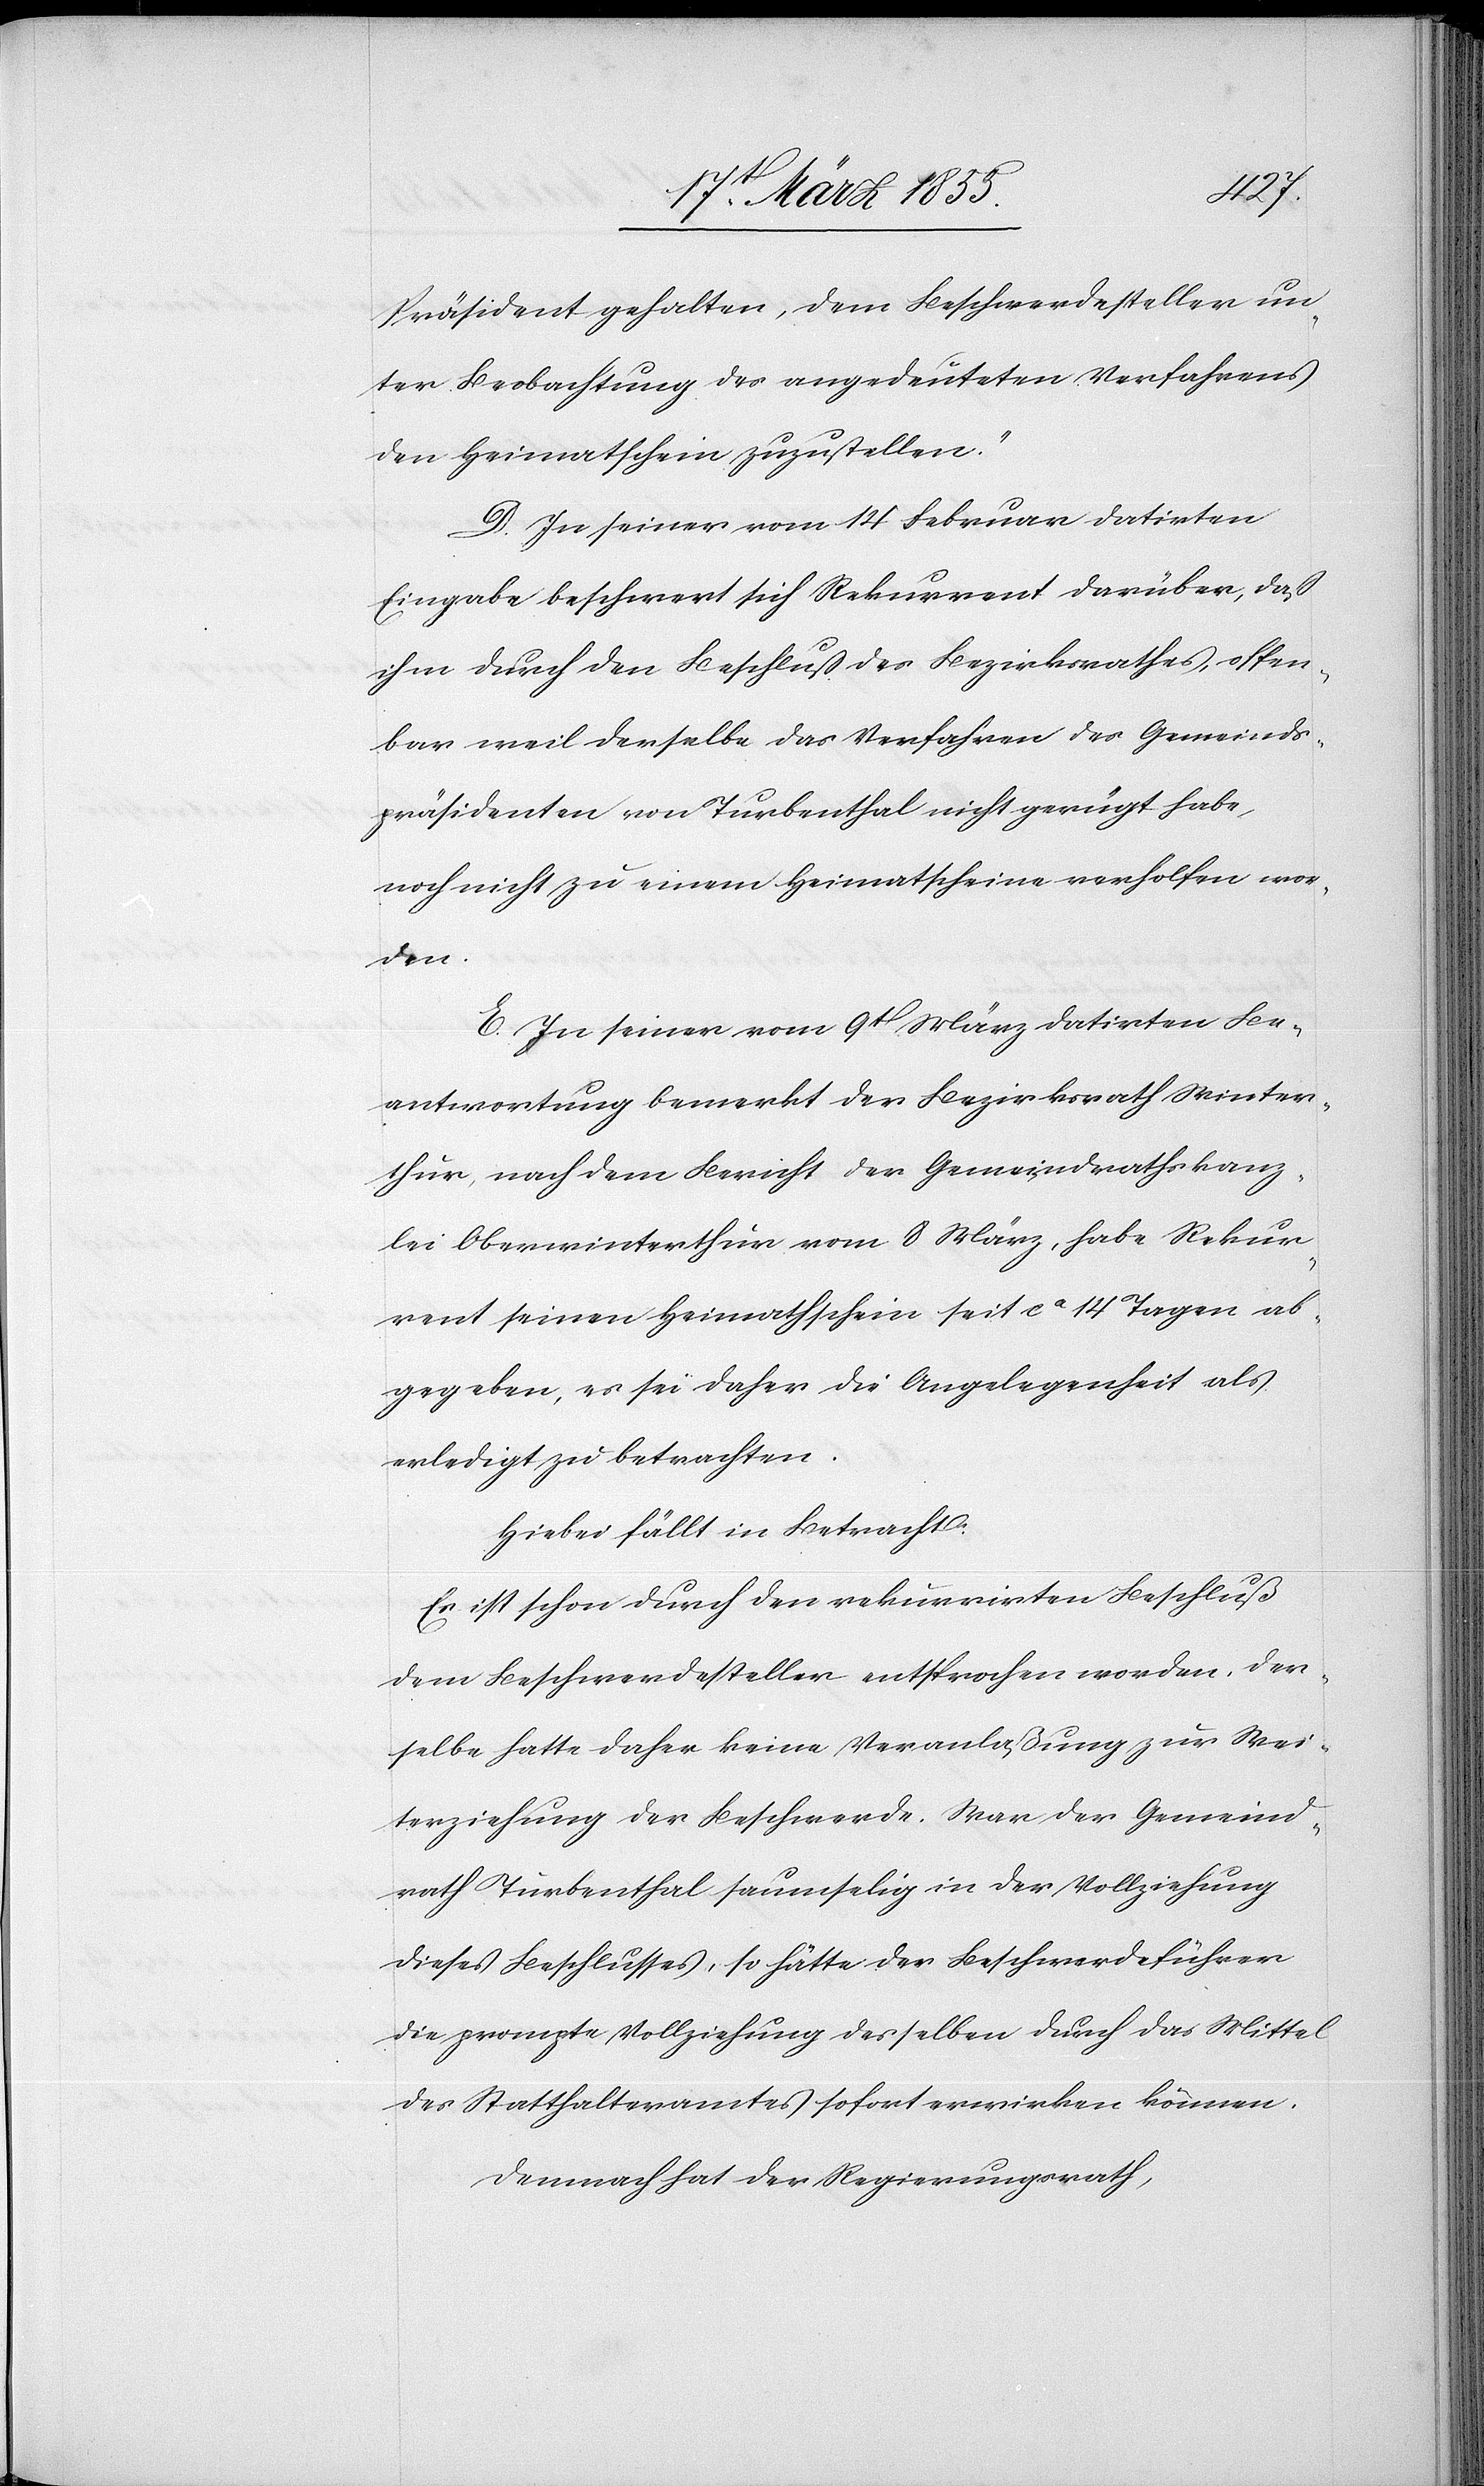
Präsident gehalten, dem Beschwerdesteller un¬
ter Beobachtung des angedeuteten Verfahrens
den Heimatschein zuzustellen.“
D. In seiner vom 14. Februar datirten
Eingabe beschwert sich Rekurrent darüber, daß
ihm durch den Beschluß des Bezirksrathes, offen¬
bar weil derselbe das Verfahren des Gemeinds¬
präsidenten von Turbenthal nicht gerügt habe,
noch nicht zu einem Heimatscheine verholfen wor¬
den.
E. In seiner vom 9t März datirten Be¬
antwortung bemerkt der Bezirksrath Winter¬
thur, nach dem Bericht der Gemeindrathskanz¬
lei Oberwinterthur vom 8 März, habe Rekur¬
rent seinen Heimatschein seit ca 14 Tagen ab¬
gegeben, es sei daher die Angelegenheit als
erledigt zu betrachten.
Hiebei fällt in Betracht:
Es ist schon durch den rekurrirten Beschluß
dem Beschwerdesteller entsprochen worden. Der¬
selbe hatte daher keine Veranlaßung zur Wei¬
terziehung der Beschwerde. War der Gemeind¬
rath Turbenthal saumselig in der Vollziehung
dieses Beschlusses, so hätte der Beschwerdeführer
die prompte Vollziehung desselben durch das Mittel
des Statthalteramtes sofort erwirken können.
Demnach hat der Regierungsrath,